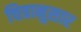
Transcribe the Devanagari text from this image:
चित्रानुसार